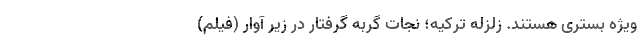
ویژه بستری هستند. زلزله ترکیه؛ نجات گربه گرفتار در زیر آوار (فیلم)